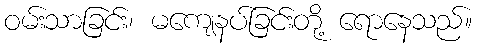
ဝမ်းသာခြင်း၊ မကျေနပ်ခြင်းတို့ ရောနေသည်။